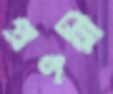
প্রণয়ী